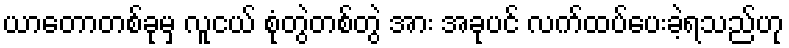
ယာတောတစ်ခုမှ လူငယ် စုံတွဲတစ်တွဲ အား အခုပင် လက်ထပ်ပေးခဲ့ရသည်ဟု